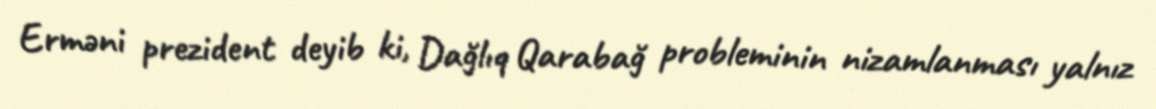
Erməni prezident deyib ki, Dağlıq Qarabağ probleminin nizamlanması yalnız